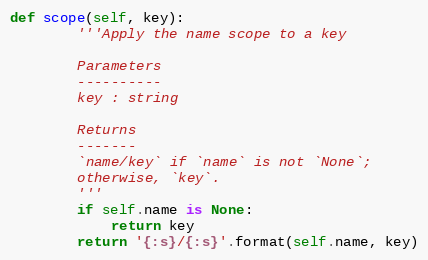
Language: Python
def scope(self, key):
        '''Apply the name scope to a key

        Parameters
        ----------
        key : string

        Returns
        -------
        `name/key` if `name` is not `None`;
        otherwise, `key`.
        '''
        if self.name is None:
            return key
        return '{:s}/{:s}'.format(self.name, key)